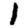
Digit: 1